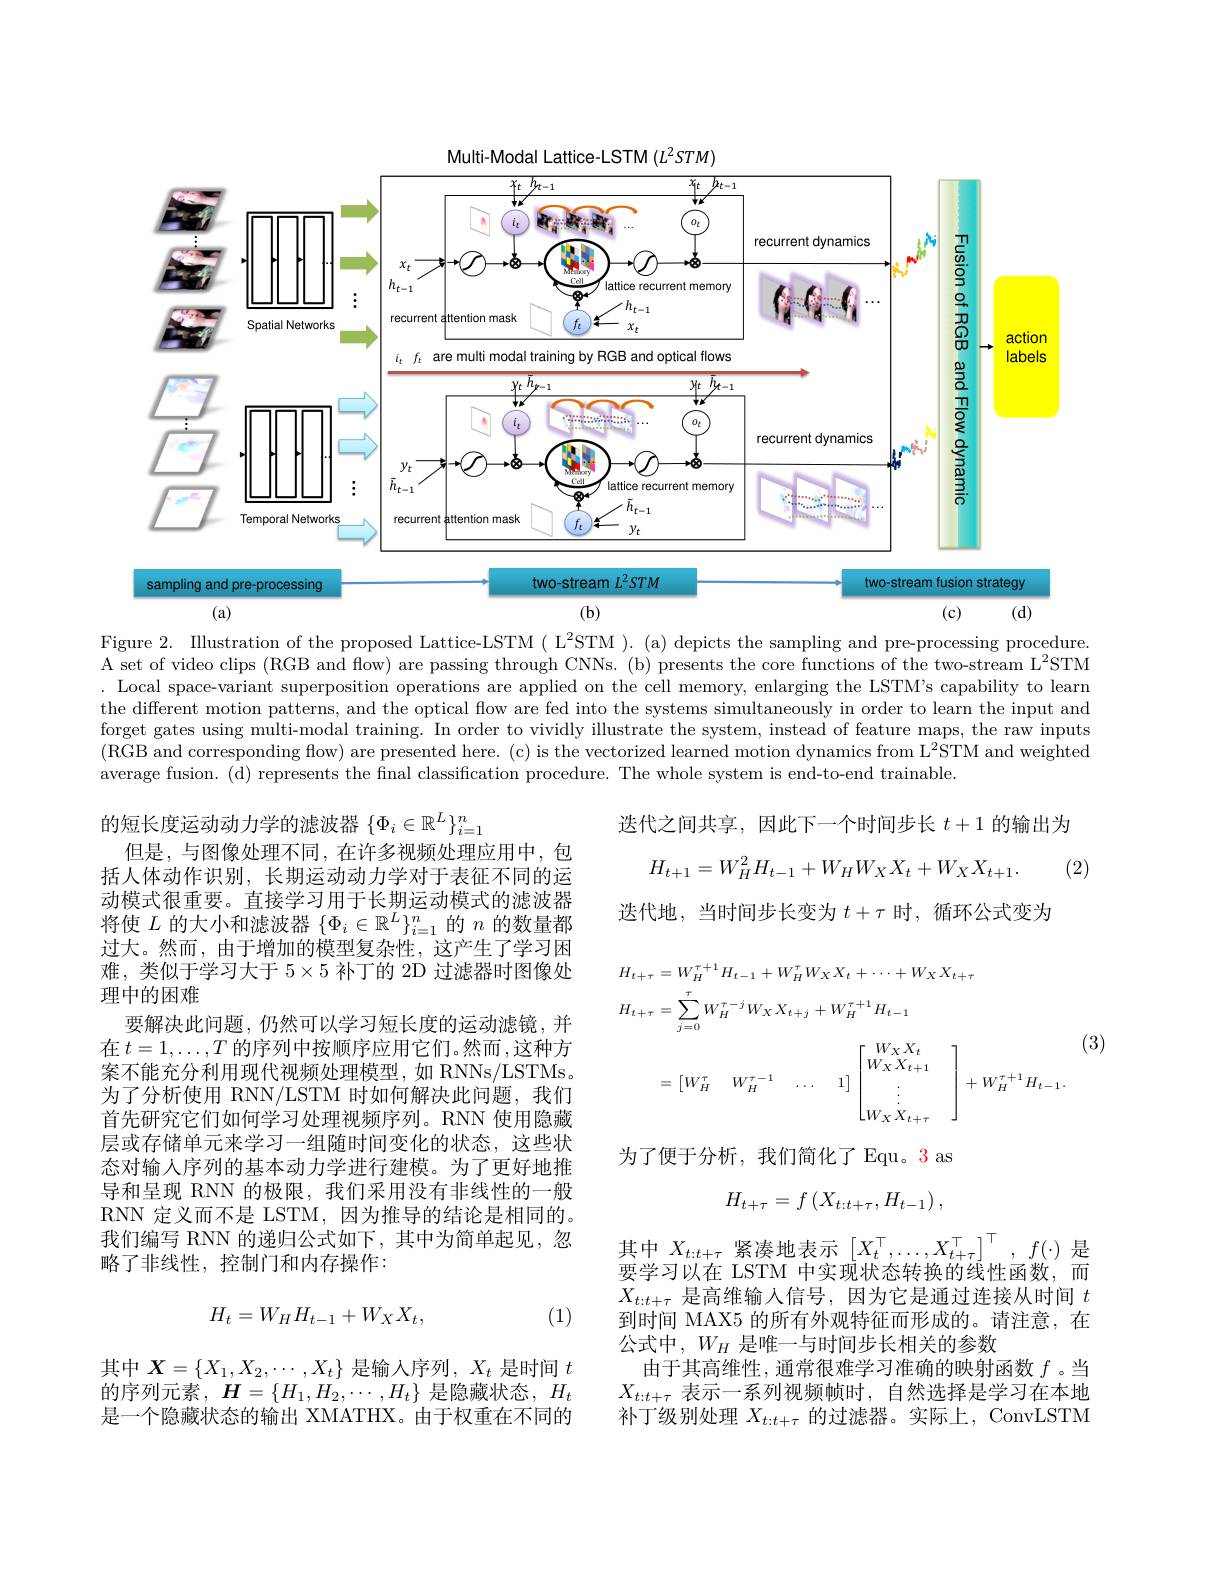
Multi-Modal Lattice-LSTM $(L^{2}STM)$
<FigureHere>

Figure 2. IIlustration of the proposed Lattice-LSTM ( L$^2$STM ). (a) depicts the sampling and pre-processing procedure. A set of video clips (RGB and flow) are passing through CNNs. (b) presents the core functions of the two-stream L$^2$STM . Local space-variant superposition operations are applied on the cell memory, enlarging the LSTM's capability to learn the different motion patterns, and the optical flow are fed into the systems simultaneously in order to learn the input and forget gates using multi-modal training. In order to vividly illustrate the system, instead of feature maps, the raw inputs (RGB and corresponding flow) are presented here. (c) is the vectorized learned motion dynamics from L$^2$STM and weighted average fusion. (d) represents the final classification procedure. The whole system is end-to-end trainable.

迭代之间共享，因此下一个时间步长$t+1$的输出为
$$H_{t+1}=W_{H}^{2}H_{t-1}+W_{H}W_{X}X_{t}+W_{X}X_{t+1}.$$
(2)

迭代地，当时间步长变为$t+\tau$时，循环公式变为
$$\begin{aligned}H_{t+\tau}&=W_{H}^{\tau+1}H_{t-1}+W_{H}^{\tau}W_{X}X_{t}+\cdots+W_{X}X_{t+\tau}\\H_{t+\tau}&=\sum_{j=0}^{\tau}W_{H}^{\tau-j}W_{X}X_{t+j}+W_{H}^{\tau+1}H_{t-1}\\&=\begin{bmatrix}W_{H}^{\tau}&W_{H}^{\tau-1}&\ldots&1\end{bmatrix}\begin{bmatrix}W_{X}X_{t}\\W_{X}X_{t+1}\\\vdots\\W_{X}X_{t+\tau}\end{bmatrix}+W_{H}^{\tau+1}H_{t-1}.\end{aligned}$$
的短长度运动动力学的滤波器$\{\Phi_i\in\mathbb{R}^L\}_{i=1}^n$
但是，与图像处理不同，在许多视频处理应用中，包括人体动作识别，长期运动动力学对于表征不同的运动模式很重要。直接学习用于长期运动模式的滤波器将使$L$的大小和滤波器$\{\Phi_i\in\mathbb{R}^L\}_i=1^n$的$n$的数量都过大。然而，由于增加的模型复杂性，这产生了学习困难，类似于学习大于$5\times5$补丁的 2D 过滤器时图像处理中的困难
要解决此问题，仍然可以学习短长度的运动滤镜，并在$t=1,\ldots,T$的序列中按顺序应用它们。然而，这种方案不能充分利用现代视频处理模型，如 RNNs/LSTMs。为了分析使用 RNN/LSTM 时如何解决此问题，我们首先研究它们如何学习处理视频序列。RNN 使用隐藏层或存储单元来学习一组随时间变化的状态，这些状态对输人序列的基本动力学进行建模。为了更好地推导和呈现 RNN 的极限，我们采用没有非线性的一般RNN 定义而不是 LSTM, 因为推导的结论是相同的。我们编写 RNN 的递归公式如下，其中为简单起见，忽略了非线性，控制门和内存操作：

(3)

为了便于分析，我们简化了 Equ。3as
$$H_{t+\tau}=f\left(X_{t:t+\tau},H_{t-1}\right),$$
$$H_t=W_HH_{t-1}+W_XX_t,$$
(1)

其中$X_t:t+\tau$紧凑地表示$\begin{bmatrix}X_t^\top,\ldots,X_{t+\tau}^\top\end{bmatrix}^\top,f(\cdot)$是要学习以在 LSTM 中实现状态转换的线性函数，而$X_{t:t+\tau}$是高维输入信号，因为它是通过连接从时间$t$ 到时间 MAX5 的所有外观特征而形成的。请注意，在公式中，$W_H$是唯一与时间步长相关的参数
由于其高维性，通常很难学习准确的映射函数$f$ 。当$X_{t:t+\tau}$表示一系列视频帧时，自然选择是学习在本地补丁级别处理$X_t:t+\tau$的过滤器。实际上，ConvLSTM

其中$X=\{X_1,X_2,\cdots,X_t\}$是输入序列$,X_t$是时间$t$ 的序列元素，$\boldsymbol{H}=\{H_1,H_2,\cdots,H_t\}$是隐藏状态，$H_t$ 是一个隐藏状态的输出 XMATHX。由于权重在不同的